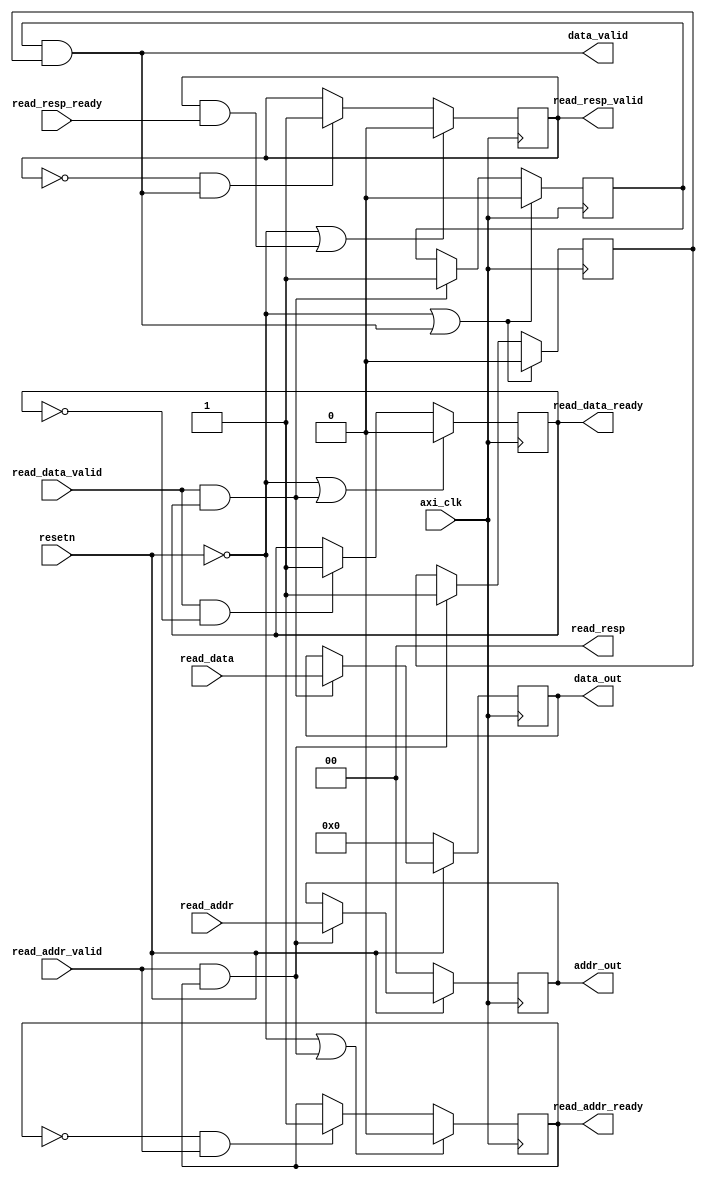
// This program was cloned from: https://github.com/phoeniX-Digital-Design/phoeniX
// License: GNU General Public License v3.0

module AXI4_read #(parameter ADDRESS_WIDTH = 2)
(
    input axi_clk,
    input resetn,    // AXI is reset low

    // read address channel
    input  [ADDRESS_WIDTH - 1 : 0] read_addr,
    input  read_addr_valid,
    output reg read_addr_ready,

    // read data channel
    input  [31 : 0] read_data,
    input  read_data_valid,
    output reg read_data_ready,

    // read response channel
    output [ADDRESS_WIDTH - 1 : 0] read_resp,
    input  read_resp_ready,
    output reg read_resp_valid,

    output  [31 : 0] data_out,                    // data outout from external logic
    output  [ADDRESS_WIDTH - 1 : 0] addr_out,     // address input from external logic
    output  data_valid                            // signal indicating input data and address are valid
);

    reg addr_done;
    reg data_done;

    assign data_valid = data_done & addr_done;

    // flip flops for latching data
    reg [31 : 0] data_latch;
    reg [ADDRESS_WIDTH - 1 : 0] addr_latch;

    assign data_out = data_latch;
	assign addr_out = addr_latch;

    
    assign read_resp = {2'b0}; // always indicate OKAY status for reads

    // read address handshake
    always @(posedge axi_clk)
    begin
        if (~resetn | (read_addr_valid & read_addr_ready))
            read_addr_ready <= 0;
        else if (~read_addr_ready & read_addr_valid)
            read_addr_ready <= 1;
    end

    // read data handshake
    always @(posedge axi_clk)
    begin
        if (~resetn | (read_data_valid & read_data_ready))
            read_data_ready <= 0;
        else if (read_data_valid & ~read_data_ready)
            read_data_ready <= 1;
    end

    // keep track of which handshakes completed
    always @(posedge axi_clk)
    begin
        if (resetn == 0 || (addr_done & data_done)) // reset or both phases done
        begin
            addr_done <= 0;
            data_done <= 0;
        end
        else
        begin    
            if (read_addr_valid & read_addr_ready) // look for address handshake
                addr_done <= 1;
            
            if (read_data_valid & read_data_ready) // look for data handshake
                data_done <= 1;    
        end
    end

    // latching logic
    always @(posedge axi_clk)
    begin
        if (resetn == 0) // reset values
        begin
            data_latch <= 32'd0;
            addr_latch <= {ADDRESS_WIDTH{1'b0}};
        end
        else
        begin
            if (read_data_valid & read_data_ready) // look for data handshake
                data_latch <= read_data;
            
            if (read_addr_valid & read_addr_ready) // look for address handshake
                addr_latch <= read_addr;
        end
    end

    // read response logic
    always @(posedge axi_clk)
    begin    
        if (resetn == 0 | (read_resp_valid & read_resp_ready))
            read_resp_valid <= 0;
        else if (~read_resp_valid & (data_done & addr_done))
            read_resp_valid <= 1;    
    end

endmodule